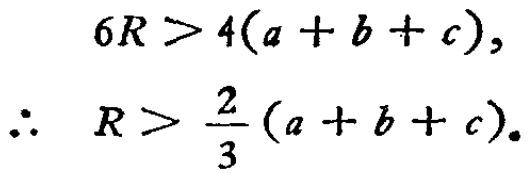
\[
\begin{align*}
6R &> 4(a + b + c),\\
\therefore\ R &> \frac{2}{3}(a + b + c).
\end{align*}
\]